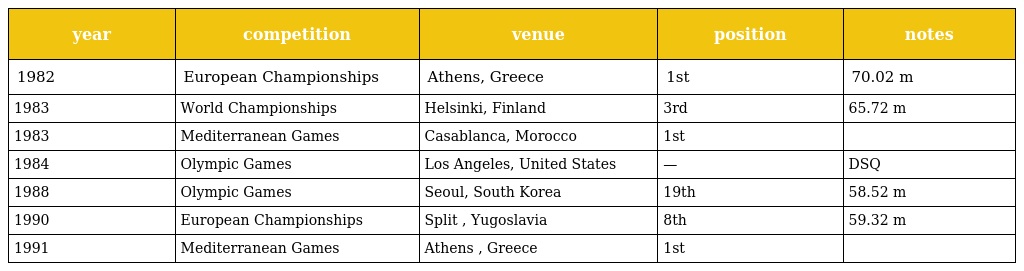
| year | competition | venue | position | notes |
 | --- | --- | --- | --- | --- |
 | 1982 | European Championships | Athens, Greece | 1st | 70.02 m |
 | 1983 | World Championships | Helsinki, Finland | 3rd | 65.72 m |
 | 1983 | Mediterranean Games | Casablanca, Morocco | 1st |  |
 | 1984 | Olympic Games | Los Angeles, United States | — | DSQ |
 | 1988 | Olympic Games | Seoul, South Korea | 19th | 58.52 m |
 | 1990 | European Championships | Split , Yugoslavia | 8th | 59.32 m |
 | 1991 | Mediterranean Games | Athens , Greece | 1st |  |